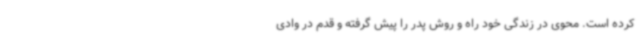
کرده است. محوی در زندگی خود راه و روش پدر را پیش گرفته و قدم در وادی